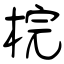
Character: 梡